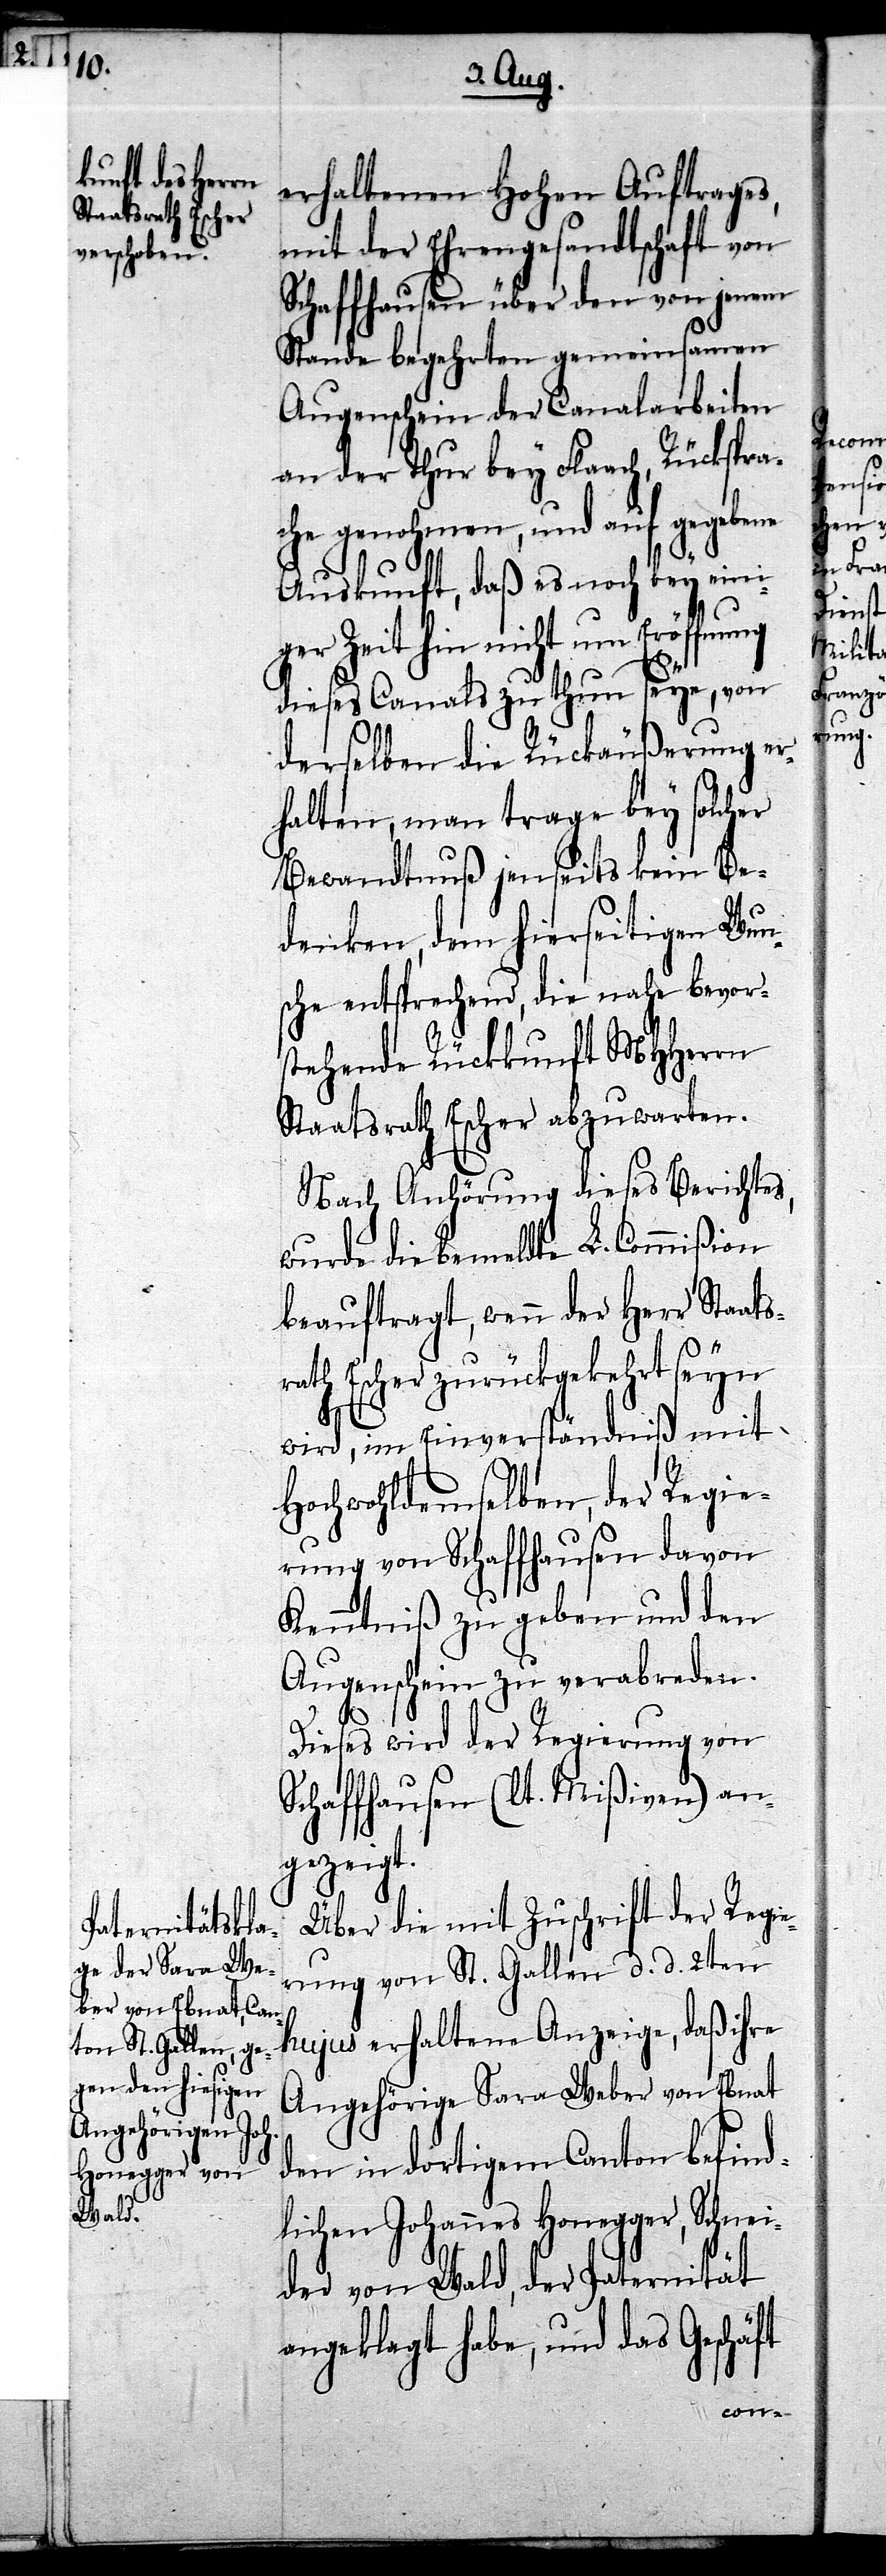
erhaltenen Hohen Auftrages,
mit der Ehrengesandtschaft von
Schaffhausen über den von jenem
Stande begehrten gemeinsamen
Augenschein der Canalarbeiten
an der Thur bey Flaach, Rückspra¬
che genohmen, und auf gegebene
Auskunft, daß es noch bey eini¬
ger Zeit hin nicht um Eröffnung
dieses Canals zu thun seye, von
derselben die Rückäußerung er¬
halten, man trage bey solcher
Bewandtnuß jenseits kein Be¬
denken, dem hierseitigen Wun¬
sche entsprechend, die nahe bevor¬
stehende Rückkunft MHHerrn
Staatsrath Escher abzuwarten.
Nach Anhörung dieses Berichtes,
wurde die bemeldte L. Commißion
beauftragt, wenn der Herr Staats¬
rath Escher zurückgekehrt seyn
wird, im Einverständniß mit
Hochwohldemselben, der Regie¬
rung von Schaffhausen davon
Kenntniß zu geben und den
Augenschein zu verabreden.
Dieses wird der Regierung von
Schaffhausen (lt. Mißiven) an¬
gezeigt.
Über die mit Zuschrift der Regie¬
rung von St. Gallen d. d. 2ten
hujus erhaltene Anzeige, daß ihre
Angehörige Sara Weber von Ebnat
den in dortigem Canton befind¬
lichen Johannes Honegger, Schnei¬
der von Wald, der Paternität
angeklagt habe, und das Geschäft